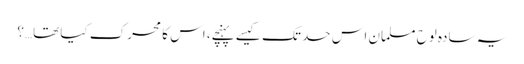
یہ سادہ لوح مسلمان اس حد تک کیسے پہنچے، اس کا محرک کیا تھا…؟